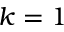
k = 1